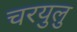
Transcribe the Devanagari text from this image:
चरयुलु